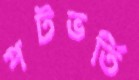
পটভর্তি